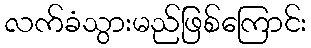
လက်ခံသွားမည်ဖြစ်ကြောင်း